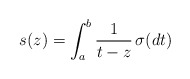
\begin{align*} s(z) = \int_a^b \frac{1}{t-z}\, \sigma(dt)\end{align*}